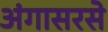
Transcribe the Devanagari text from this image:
अंगासरसे